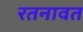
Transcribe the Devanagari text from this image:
रतनावत